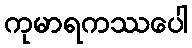
ကုမာရကဿပေါ